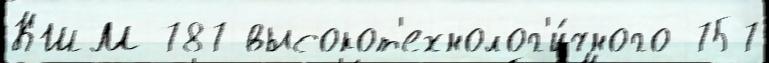
КШМ 787 высокот'ехнолог'и́чного 757